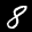
Label: 8